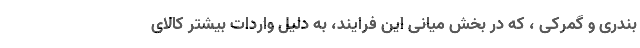
بندری و گمرکی ، که در بخش میانی این فرایند، به دلیل واردات بیشتر کالای